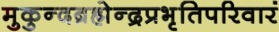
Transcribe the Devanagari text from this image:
मुकुन्दब्रह्मेन्द्रप्रभृतिपरिवारं